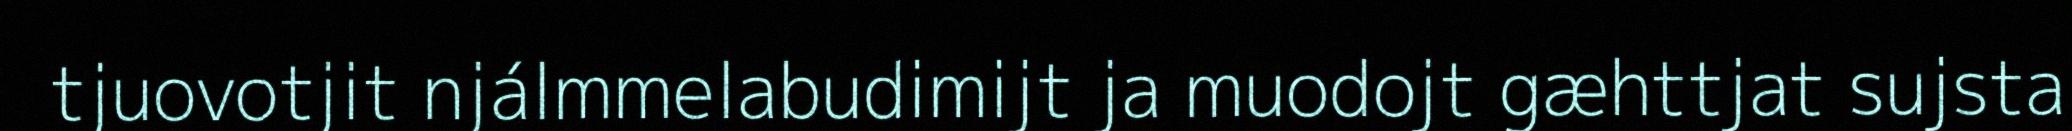
tjuovotjit njálmmelabudimijt ja muodojt gæhttjat sujsta